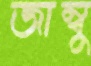
জাম্বু